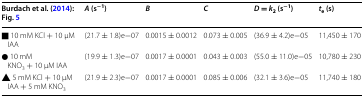
<table><thead><tr><td><b>Burdach et al. (2014): Fig. 5</b></td><td><b><i>A</i> (s<sup>−1</sup>)</b></td><td><b><i>B</i></b></td><td><b><i>C</i></b></td><td><b><i>D</i> = <i>k</i><sub>2</sub> (s<sup>−1</sup>)</b></td><td><b><i>t</i><sub>e</sub> (s)</b></td></tr></thead><tbody><tr><td>■ 10 mM KCl + 10 μM IAA</td><td>(21.7 ± 1.8)e−07</td><td>0.0015 ± 0.0012</td><td>0.073 ± 0.005</td><td>(36.9 ± 4.2)e−05</td><td>11,450 ± 170</td></tr><tr><td>● 10 mM KNO<sub>3</sub> + 10 μM IAA</td><td>(19.9 ± 1.3)e−07</td><td>0.0017 ± 0.0001</td><td>0.043 ± 0.003</td><td>(55.0 ± 11.0)e−05</td><td>10,780 ± 230</td></tr><tr><td>▲ 5 mM KCl + 10 μM IAA + 5 mM KNO<sub>3</sub></td><td>(21.9 ± 2.3)e−07</td><td>0.0017 ± 0.0001</td><td>0.085 ± 0.006</td><td>(32.1 ± 3.6)e−05</td><td>11,740 ± 180</td></tr></tbody></table>